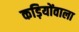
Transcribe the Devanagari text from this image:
कड़ियोंवाला